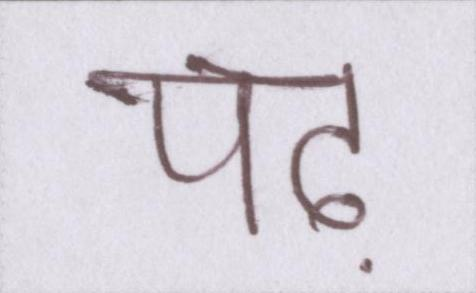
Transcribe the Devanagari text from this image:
पढ़